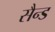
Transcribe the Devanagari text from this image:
सैन्ड